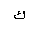
Letter: _kaf